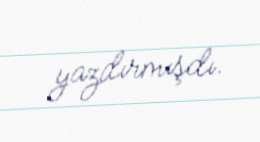
yazdırmışdı.